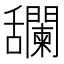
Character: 𦧼